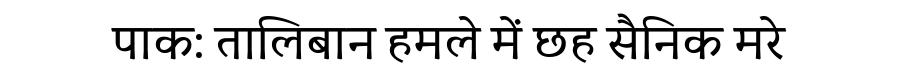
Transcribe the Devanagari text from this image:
पाक: तालिबान हमले में छह सैनिक मरे